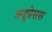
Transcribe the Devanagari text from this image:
क्यूप्रेसस